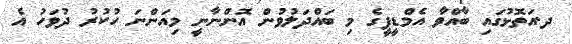
ދ.އަތޮޅުގައި ބާއްވާ އެމްޑީޕީގެ މި ބައްދަލުވުން އޮންނާނީ މިއަންނަ ހުކުރު ދުވަހު އެ